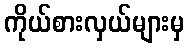
ကိုယ်စားလှယ်များမှ